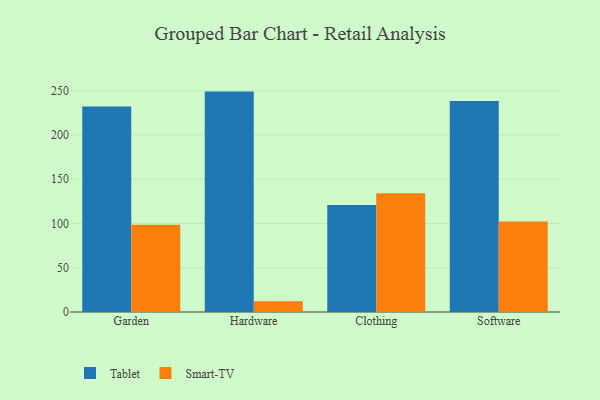
{"axis": {"x": "Category", "y": "Shipments"}, "legend": ["Smart-TV", "Tablet"], "data": [{"x": "Garden", "y": 232.3, "type": "Tablet"}, {"x": "Garden", "y": 98.6, "type": "Smart-TV"}, {"x": "Hardware", "y": 249.0, "type": "Tablet"}, {"x": "Hardware", "y": 12.2, "type": "Smart-TV"}, {"x": "Clothing", "y": 120.8, "type": "Tablet"}, {"x": "Clothing", "y": 134.3, "type": "Smart-TV"}, {"x": "Software", "y": 238.4, "type": "Tablet"}, {"x": "Software", "y": 102.3, "type": "Smart-TV"}]}